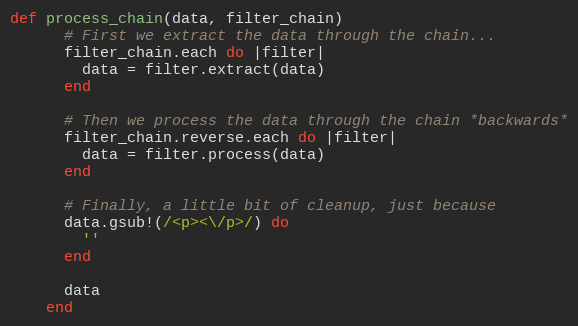
Language: Ruby
def process_chain(data, filter_chain)
      # First we extract the data through the chain...
      filter_chain.each do |filter|
        data = filter.extract(data)
      end

      # Then we process the data through the chain *backwards*
      filter_chain.reverse.each do |filter|
        data = filter.process(data)
      end

      # Finally, a little bit of cleanup, just because
      data.gsub!(/<p><\/p>/) do
        ''
      end

      data
    end